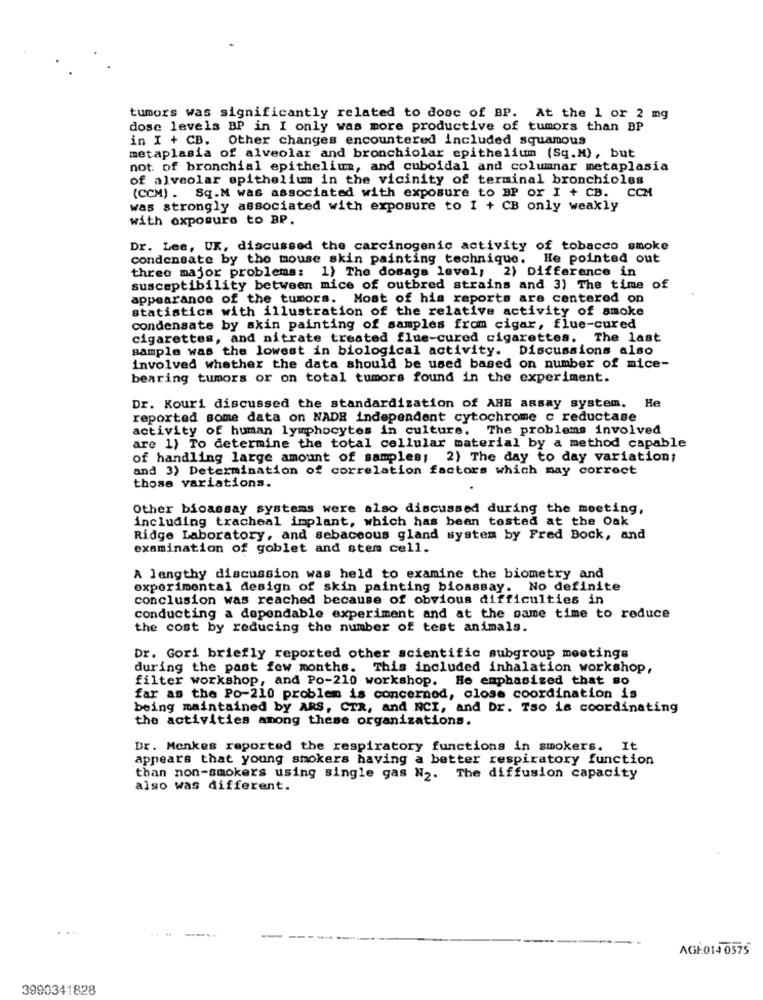
tumors was significantly related to dose of BP. At the 1 or 2 mg
dose levels BP in I only was more productive of tumors than BP
in I + CB. Other changes encountered included squamous
metaplasia of alveolar and bronchiolar epithelium (Sq.M), but
not. of bronchial epithelium, and cuboidal and columnar metaplasia
of alveolar epithelium in the vicinity of terminal bronchioles
(CCM) . Sq.M was associated with exposure to BP or I + CB. COM
was strongly associated with exposure to I + CB only weakly
with exposure to BP.
Dr. Lee, UK, discussed the carcinogenic activity of tobacco smoke
condensate by the mouse skin painting technique. He pointed out
three major problems: 1) The dosaga level; 2) Difference in
susceptibility between mice of outbred strains and 3) The time of
appearance of the tumors. Most of his reports are centered on
statistics with illustration of the relative activity of smoke
condensate by skin painting of samples from cigar, flue-cured
cigarettes, and nitrate treated flue-cured cigarettes. The last
sample was the lowest in biological activity. Discussions also
involved whether the data should be used based on number of mice-
bearing tumors or on total tumors found in the experiment.
Dr. Kouri discussed the standardization of ARE assay system. He
reported some data on NADE independent cytochrome c reductase
activity of human lymphocytes in culture. The problems involved
are 1) To determine the total cellular material by a method capable
of handling large amount of samples; 2) The day to day variation;
and 3) Determination of correlation factors which may correct
those variations.
Other bioassay systems were also discussed during the meeting,
including tracheal implant, which has been tosted at the Oak
Ridge Laboratory, and sebaceous gland system by Fred Bock, and
examination of goblet and stem cell.
A lengthy discussion was held to examine the biometry and
experimental design of skin painting bioassay. No definite
conclusion was reached because of obvious difficulties in
conducting a dependable experiment and at the same time to reduce
the cost by reducing the number of test animals.
Dr. Gori briefly reported other scientific subgroup meetings
during the past few months. This included inhalation workshop,
filter workshop, and Po-210 workshop. He emphasized that so
far as the Po-210 problem is concerned, close coordination is
being maintained by ARS, CTR, and NCI, and Dr. Tso is coordinating
the activities among these organizations.
Dr. Menkes reported the respiratory functions in smokers.
appears that young smokers having a better respiratory function
than non-smokers using single gas N2. The diffusion capacity
also was different.
...
----
---
AGI014 0575
3990341828